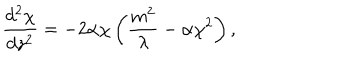
LaTeX: \frac { d ^ { 2 } \chi } { d z ^ { 2 } } = - 2 \alpha \chi \left( \frac { m ^ { 2 } } { \lambda } - \alpha \chi ^ { 2 } \right) ,